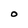
Character: O